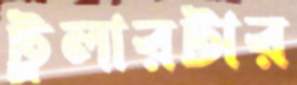
ট্রলারটার